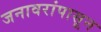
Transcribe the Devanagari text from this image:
जनावरांपासून